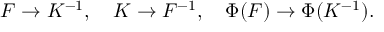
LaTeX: F \to K ^ { - 1 } , \ \ \ K \to F ^ { - 1 } , \ \ \ \Phi ( F ) \to \Phi ( K ^ { - 1 } ) .